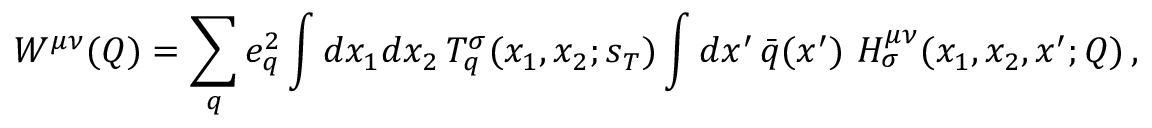
W ^ { \mu \nu } ( Q ) = \sum _ { q } e _ { q } ^ { 2 } \int d x _ { 1 } d x _ { 2 } \, T _ { q } ^ { \sigma } ( x _ { 1 } , x _ { 2 } ; s _ { T } ) \int d x ^ { \prime } \, \bar { q } ( x ^ { \prime } ) \ H _ { \sigma } ^ { \mu \nu } ( x _ { 1 } , x _ { 2 } , x ^ { \prime } ; Q ) \, ,